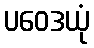
ပဝေဒယုံ